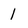
Character: 1